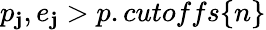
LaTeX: p_{\mathbf{j}},e_{\mathbf{j}}>p.cutoffs\{ n\}